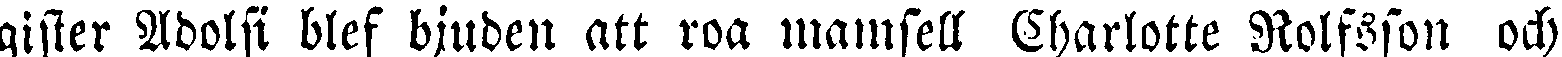
gister Adolfi blef bjuden att roa mamsell Charlotte Rolfsson och